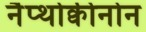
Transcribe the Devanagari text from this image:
नैप्थोक्वीनोन